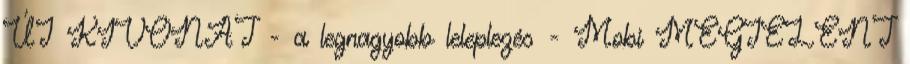
ÚJ KIVONAT - a legnagyobb leleplezés - Mobi MEGJELENT